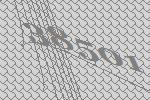
38501